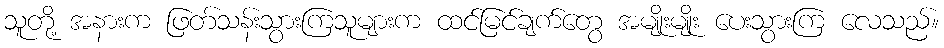
သူတို့ အနားက ဖြတ်သန်းသွားကြသူများက ထင်မြင်ချက်တွေ အမျိုးမျိုး ပေးသွားကြ လေသည်။